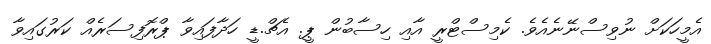
އެމީހަކަށް ނުވިސްނޭނެއެވެ. ކެމިސްޓްރީ އާއި ހިސާބުން ޕީ. އެޗް.ޑީ ހަދާފައިވާ ޕްރޮފިސަރެއް ކަރުގައިވާ